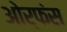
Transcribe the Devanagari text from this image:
ओर्फंस